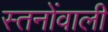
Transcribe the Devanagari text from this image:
स्तनोंवाली